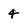
Character: 4